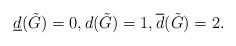
LaTeX: \begin{align*}\underline{d}(\tilde{G})=0,d(\tilde{G})=1,\overline{d}(\tilde{G})=2.\end{align*}